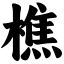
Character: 樵